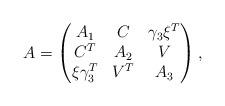
LaTeX: \begin{align*} A=\begin{pmatrix}A_1 & C & \gamma_3\xi^{T}\\ C^{T} & A_2 & V \\ \xi\gamma_3^{T} & V^{T} & A_3 \end{pmatrix},\end{align*}